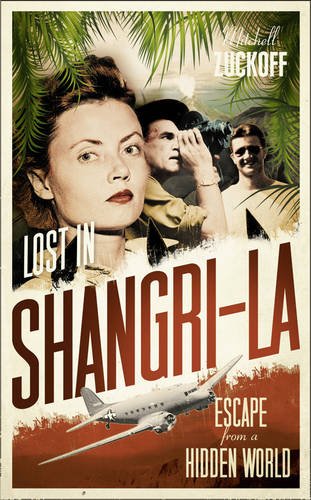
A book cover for Lost in Shangri-La: Escape from a Hidden World - A True Story; Mitchell Zuckoff; History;